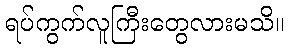
ရပ်ကွက်လူကြီးတွေလားမသိ။